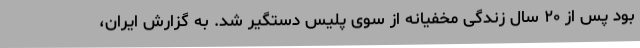
بود پس از ۲۰ سال زندگی مخفیانه از سوی پلیس دستگیر شد. به گزارش ایران،